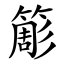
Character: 簓